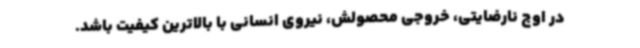
در اوج نارضایتی، خروجی محصولش، نیروی انسانی با بالاترین کیفیت باشد.